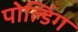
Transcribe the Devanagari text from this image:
पोल्डिंग